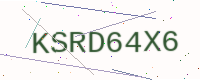
Text: KSRD64X6